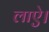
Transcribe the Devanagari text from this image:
लाऐ।